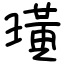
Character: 璜